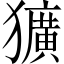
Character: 獷